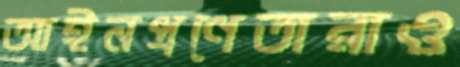
আইনপ্রণেতারাও